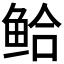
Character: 𫚗